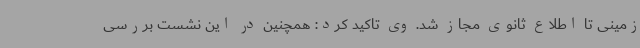
زمینی تا اطلاع ثانوی مجاز شد. وی تاکید کرد: همچنین در این نشست بررسی